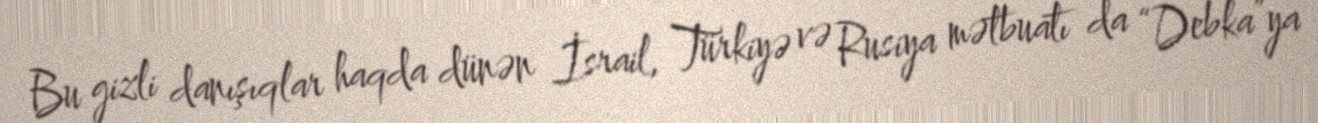
Bu gizli danışıqlar haqda dünən İsrail, Türkiyə və Rusiya mətbuatı da “Debka”ya